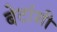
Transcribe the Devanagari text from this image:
बेटांशी